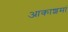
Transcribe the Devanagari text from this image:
आकाशमां